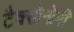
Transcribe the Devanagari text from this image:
टैक्सोनोमी